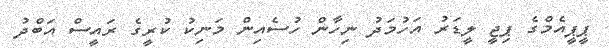
ޕީޕީއެމްގެ ޕިޖީ ލީޑަރު އަހުމަދު ނިހާން ހުސެއިން މަނިކު ކުރީގެ ރައީސް އަބްދު